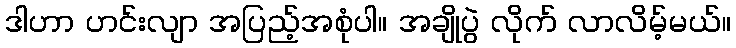
ဒါဟာ ဟင်းလျာ အပြည့်အစုံပါ။ အချိုပွဲ လိုက် လာလိမ့်မယ်။